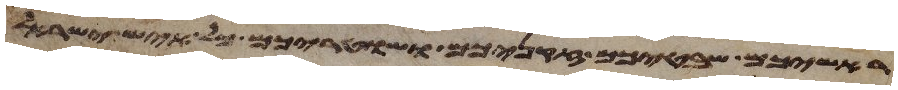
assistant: ראשיכם שבטיכם זקניכם ושטריכם כל איש ישראל